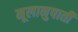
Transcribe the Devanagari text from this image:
मूलानुपाती